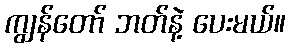
ကျွန်တော် ဘတ်နဲ့ ပေးမယ်။